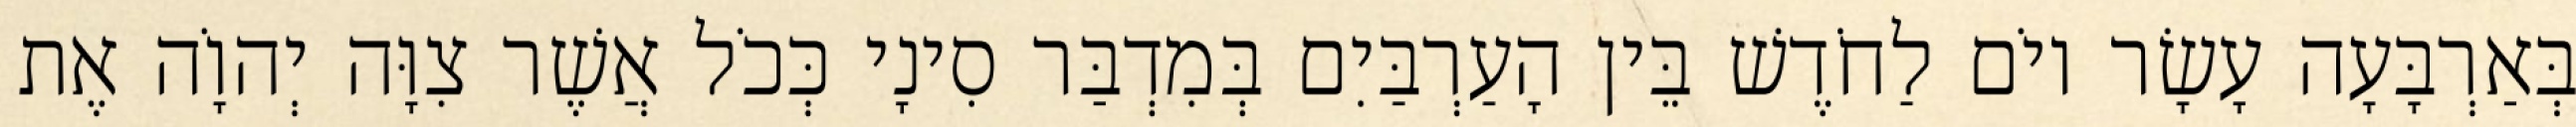
בְּאַרְבָּעָה עָשָׂר יוֹם לַחֹדֶשׁ בֵּין הָעַרְבַּיִם בְּמִדְבַּר סִינָי כְּכֹל אֲשֶׁר צִוָּה יְהוָֹה אֶת